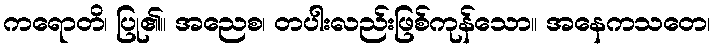
ကရောတိ၊ ပြု၏။ အညေစ၊ တပါးလည်းဖြစ်ကုန်သော။ အနေကသတေ၊